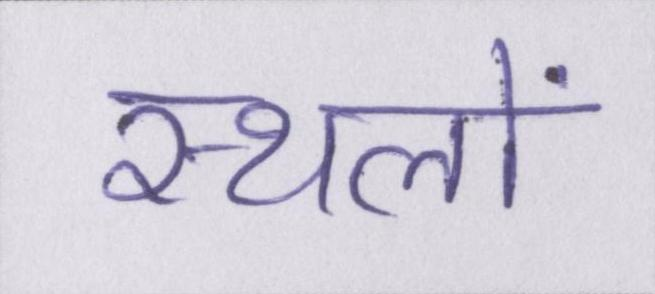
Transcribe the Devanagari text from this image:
स्थलों